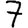
Digit: 7